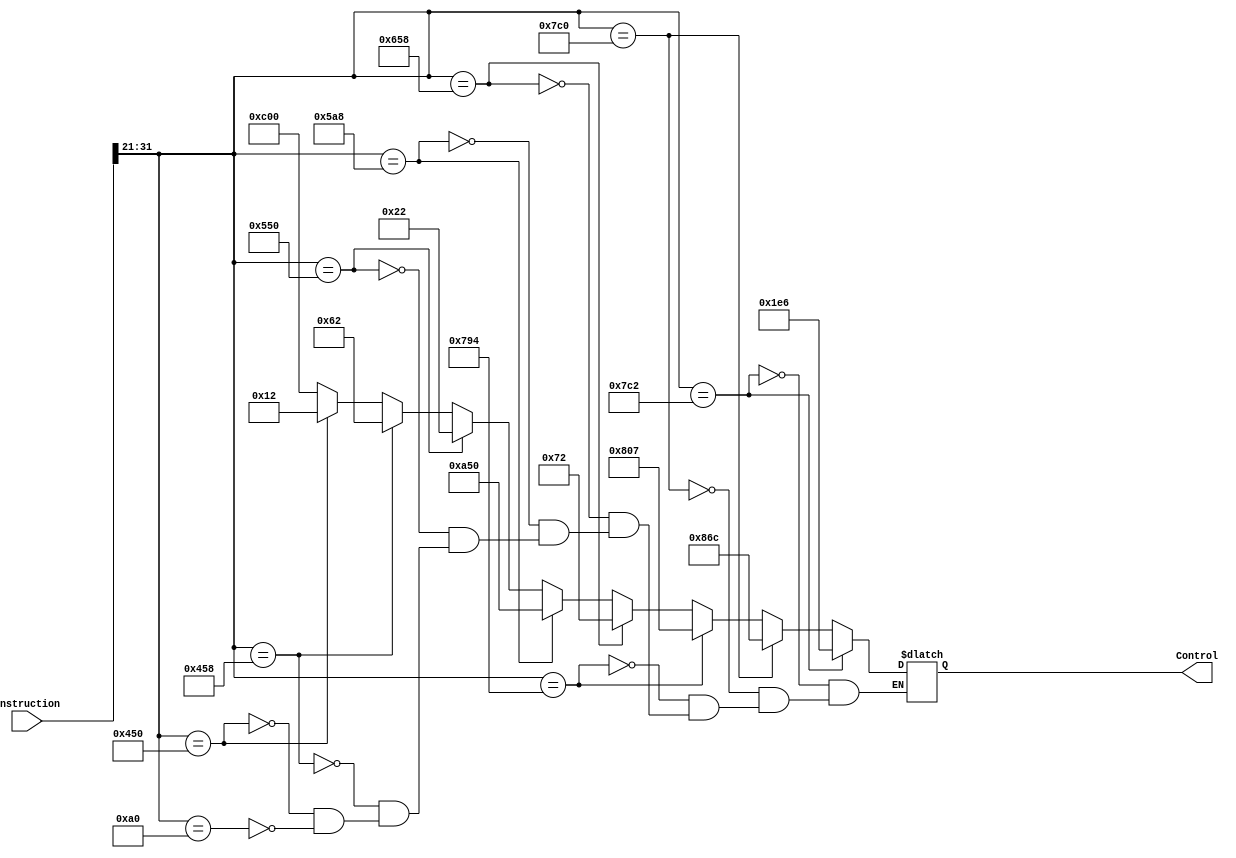
`timescale 1ns / 1ps
//////////////////////////////////////////////////////////////////////////////////
// Company: 
// Engineer: 
// 
// Design Name: 
// Module Name: Control_Logic
// Project Name: 
// Target Devices: 
// Tool Versions: 
// Description: 
// 
// Dependencies: 
// 
// Revision:
// Revision 0.01 - File Created
// Additional Comments:
// 
//////////////////////////////////////////////////////////////////////////////////


module Control_Logic(instruction, Control);
input [31:0] instruction;
output reg [11:0] Control;


always @(instruction)
    begin
    if(instruction[31:21]==11'h0A0)
        Control = 12'b11000_000_000_0;    
    if(instruction[31:21]==11'h450)
        Control = 12'b00000_001_001_0;    
    if(instruction[31:21]==11'h458)
        Control = 12'b00000_110_001_0;
    if(instruction[31:21]==11'h550)
        Control = 12'b00000_010_001_0; 
    if(instruction[31:21]==11'h5A8)
        Control = 12'b10100_101_000_0;
    if(instruction[31:21]==11'h658)
        Control = 12'b00000_111_001_0;
    if(instruction[31:21]==11'h794)
        Control = 12'b10000_000_011_1;
    if(instruction[31:21]==11'h7C0)
        Control = 12'b10000_110_110_0;
    if(instruction[31:21]==11'h7C2)
        Control = 12'b00011_110_011_0;
    end
endmodule